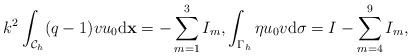
LaTeX: \begin{align*} k^2\int_{\mathcal C_h}(q-1)vu_0\mathrm d\mathbf x=-\sum_{m=1}^3I_m, \int_{\Gamma_h}\eta u_0v\mathrm d\sigma=I-\sum_{m=4}^9I_m, \end{align*}